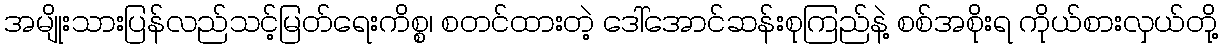
အမျိုးသားပြန်လည်သင့်မြတ်ရေးကိစ္စ၊ စတင်ထားတဲ့ ဒေါ်အောင်ဆန်းစုကြည်နဲ့ စစ်အစိုးရ ကိုယ်စားလှယ်တို့